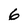
Character: 6